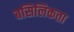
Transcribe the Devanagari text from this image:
बसिलिकता